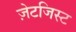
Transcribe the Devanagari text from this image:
ज़ेटजिस्ट